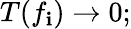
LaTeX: T(f_{\mathbf{i}})\to0;